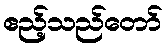
ဧည့်သည်တော်